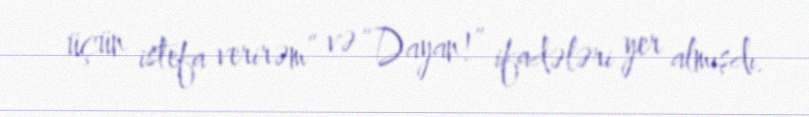
üçün istefa verirəm” və “Dayan!” ifadələri yer almışdı.